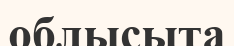
облысыта